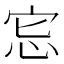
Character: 𢘯